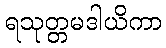
ရသုတ္တမဒါယိကာ